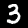
Label: 3